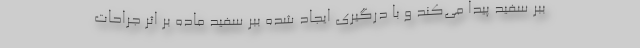
ببر سفید پیدا می‌کند و با درگیری ایجاد شده ببر سفید ماده بر اثر جراحات